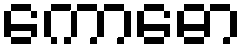
ကောဓော